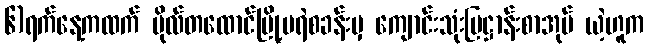
၆)ရက်နေ့ကထက် ဗိုလ်တထောင်မြို့မရဲစခန်းမှ ကျောင်းသုံးပြဋ္ဌာန်းစာအုပ် ယဲ့ဟူက